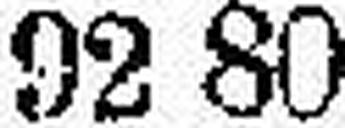
92 80